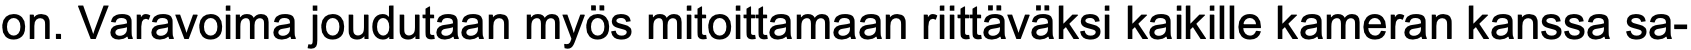
on. Varavoima joudutaan myös mitoittamaan riittäväksi kaikille kameran kanssa sa-